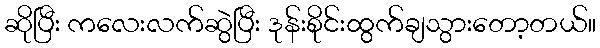
ဆိုပြီး ကလေးလက်ဆွဲပြီး ဒုန်းစိုင်းထွက်ချသွားတော့တယ်။